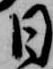
日